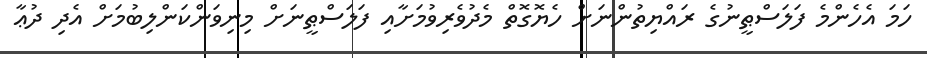
ހަމަ އެހެންމެ ފަލަސްޠީނުގެ ރައްޔިތުންނަށް ހެޔޮގޮތް މެދުވެރިވުމަށާއި ފަލަސްޠީނަށް މިނިވަންކަންލިބުމަށް އެދި ދުޢާ